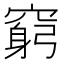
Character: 窮